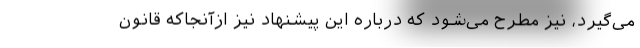
می‌گیرد، نیز مطرح می‌شود که درباره این پیشنهاد نیز ازآنجاکه قانون